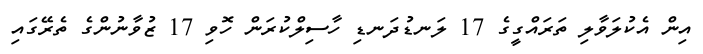
އިން އެކުލަވާލި ތަަރައްގީގެ 17 ލަނޑުދަނޑި ހާސިލްކުރަން ހޮވި 17 ޒުވާނުންގެ ތެރޭގައި